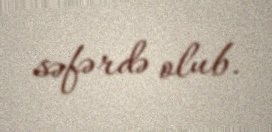
səfərdə olub.